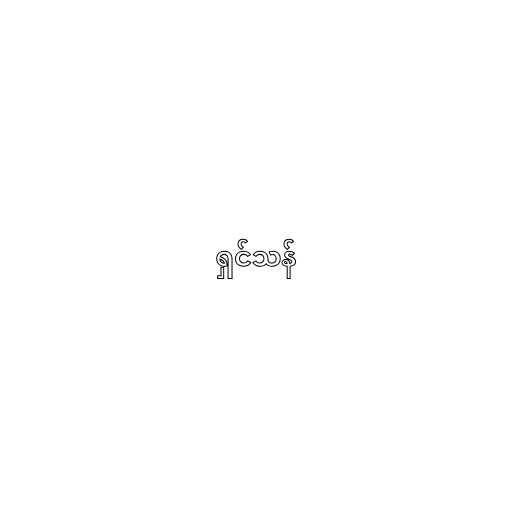
ရှင်သန်